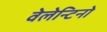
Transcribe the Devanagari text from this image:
वेलेन्टिनो